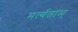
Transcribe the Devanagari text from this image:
मर्त्यताम्